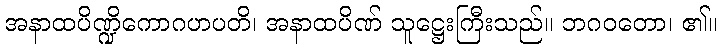
အနာထပိဏ္ဍိကောဂဟပတိ၊ အနာထပိဏ် သူဋ္ဌေးကြီးသည်။ ဘဂဝတော၊ ၏။